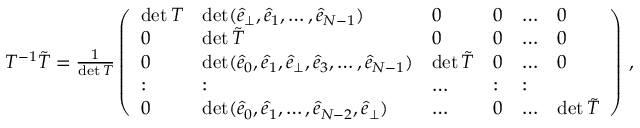
\begin{array} { r } { T ^ { - 1 } \tilde { T } = \frac { 1 } { \operatorname* { d e t } T } \left( \begin{array} { l l l l l l } { \operatorname* { d e t } T } & { \operatorname* { d e t } ( \hat { e } _ { \perp } , \hat { e } _ { 1 } , \dots , \hat { e } _ { N - 1 } ) } & { 0 } & { 0 } & { \dots } & { 0 } \\ { 0 } & { \operatorname* { d e t } \tilde { T } } & { 0 } & { 0 } & { \dots } & { 0 } \\ { 0 } & { \operatorname* { d e t } ( \hat { e } _ { 0 } , \hat { e } _ { 1 } , \hat { e } _ { \perp } , \hat { e } _ { 3 } , \dots , \hat { e } _ { N - 1 } ) } & { \operatorname* { d e t } \tilde { T } } & { 0 } & { \dots } & { 0 } \\ { : } & { : } & { \dots } & { : } & { : } \\ { 0 } & { \operatorname* { d e t } ( \hat { e } _ { 0 } , \hat { e } _ { 1 } , \dots , \hat { e } _ { { N } - 2 } , \hat { e } _ { \perp } ) } & { \dots } & { 0 } & { \dots } & { \operatorname* { d e t } \tilde { T } } \end{array} \right) \, , } \end{array}